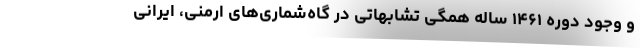
و وجود دورهٔ ۱۴۶۱ ساله همگی تشابهاتی در گاه‌شماری‌های ارمنی، ایرانی